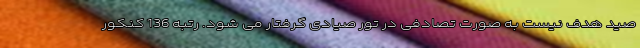
صید هدف نیست به صورت تصادفی در تور صیادی گرفتار می شود. رتبه 136 کنکور